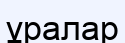
ұралар